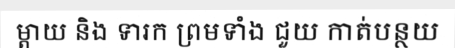
ម្តាយ និង ទារក ព្រមទាំង ជួយ កាត់បន្ថយ